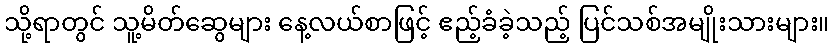
သို့ရာတွင် သူ့မိတ်ဆွေများ နေ့လယ်စာဖြင့် ဧည့်ခံခဲ့သည့် ပြင်သစ်အမျိုးသားများ။